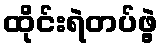
ထိုင်းရဲတပ်ဖွဲ့